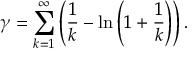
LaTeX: \gamma = \sum _ { k = 1 } ^ { \infty } \left( { \frac { 1 } { k } } - \ln \left( 1 + { \frac { 1 } { k } } \right) \right) .